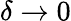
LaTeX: \delta\rightarrow 0